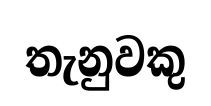
තැනුවකු